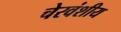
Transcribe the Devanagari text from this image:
चेरवंशीय